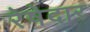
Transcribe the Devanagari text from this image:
रेषेदार